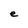
Character: e